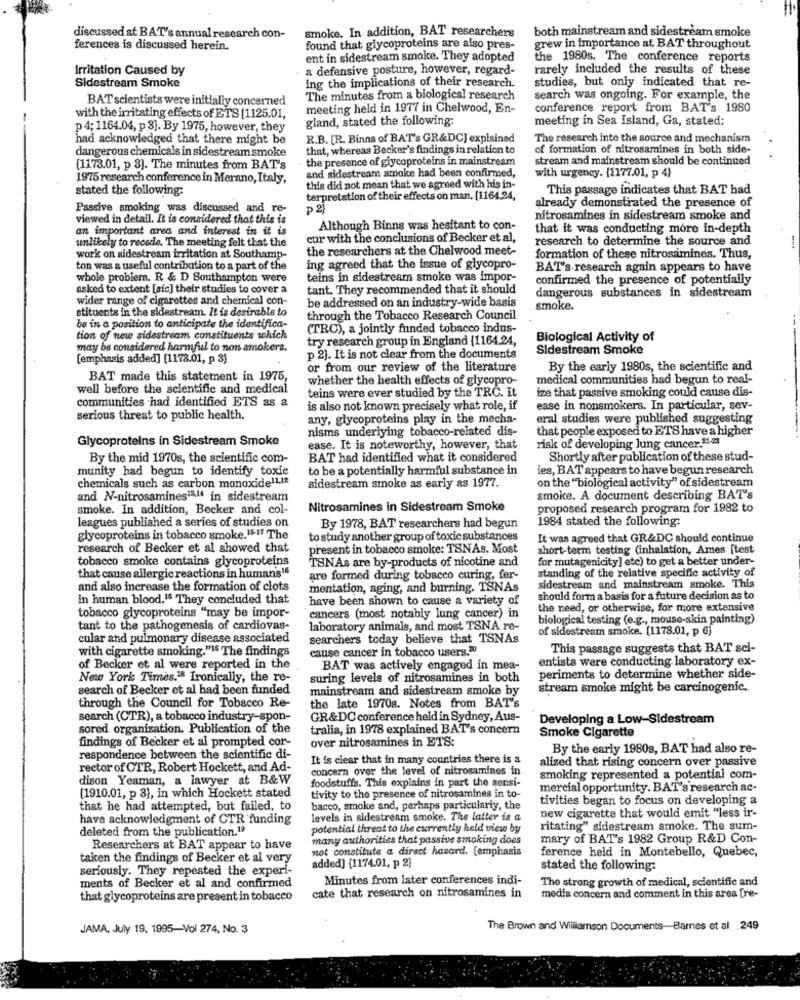
smoke. In addition, BAT researchers
both mainstream and sidestream smoke
discussed at BAT's annual research con-
ferences is discussed herein.
found that glycoproteins are also pres-
grew in importance at BAT throughout
ent in sidestream smoke. They adopted
the 1980s. The conference reports
Irritation Caused by
a defensive posture, however, regard-
rarely included the results of these
ing the implications of their research.
studies, but only indicated that re-
Sidestream Smoke
BAT scientists were initially concerned
The minutes from a biological research
search was ongoing. For example, the
meeting held in 1977 in Chelwood, En-
conference report from BAT's 1980
with the irritating effects of ETS [1125.01,
gland, stated the following:
meeting in Sea Island, Ga, stated:
p 4; 1164.04, p 3]. By 1975, however, they
had acknowledged that there might be
R.B. [R. Binns of BAT's GR&DC] explained
The research into the source and mechanism
dangerous chemicals in sidestream smoke
that, whereas Becker's findings in relation to
of formation of nitrosamines in both side-
the presence of glycoproteins in mainstream
stream and mainstream should be continued
(1173.01, p 3). The minutes from BAT's
and sidestream smoke had been confirmed,
with urgency. (1177.01, p 4)
1975 research conference in Merano, Italy,
stated the following
this did not mean that we agreed with his in-
This passage indicates that BAT had
terpretation of their effects on man. (1164.24,
Passive smoking was discussed and re-
already demonstrated the presence of
viewed in detail. It is considered that this is
nitrosamines in sidestream smoke and
an important area and interest in it is
Although Binns was hesitant to con-
that it was conducting more in-depth
unlikely to recede. The meeting felt that the
cur with the conclusions of Becker et al,
research to determine the source and
the researchers at the Chelwood meet-
work on sidestream irritation at Southamp-
formation of these nitrosamines. Thus,
ton was a useful contribution to a part of the
ing agreed that the issue of glycopro-
BAT's research again appears to have
whole problem. R & D Southampton were
teins in sidestream smoke was impor-
confirmed the presence of potentially
asked to extent [sic] their studies to cover a
tant. They recommended that it should
dangerous substances in sidestream
wider range of cigarettes and chemical con-
be addressed on an industry-wide basis
stituents in the sidestream. It is desirable to
smoke.
through the Tobacco Research Council
be in a position to anticipate the identifica-
(TRO), a jointly funded tobacco indns-
tion of new sidestream constituents which
try research group in England (1164.24,
Biological Activity of
may be considered harmful to non smokers.
Sidestream Smoke
[emphasis added] [1178.01, p 3)
p 2]. It is not clear from the documents
or from our review of the literature
By the early 1980s, the scientific and
BAT made this statement in 1975,
whether the health effects of glycopro-
medical communities had begun to real-
well before the scientific and medical
teins were ever studied by the TRC. It
ize that passive smoking could cause dis-
communities had identified ETS as &
is also not known precisely what role, if
ease in nonsmokers. In particular, sev-
serious threat to public health.
any, glycoproteins play in the mecha-
eral studies were published suggesting
nisms underlying tobacco-related dis-
that people exposed to ETS have a higher
Glycoproteins in Sidestream Smoke
ease. It is noteworthy, however, that
risk of developing lung cancer.21-23
By the mid 1970s, the scientific com-
BAT had identified what it considered
Shortly after publication of these stud-
munity had begun to identify toxic
to be a potentially harmful substance in
ies, BAT appears to have begun research
chemicals such as carbon monoxide!1,4ª
sidestream smoke as early as 1977.
on the "biological activity" of sidestream
and N-nitrosamines13,14 in sidestream
smoke. A document describing BAT's
smoke. In addition, Becker and col-
Nitrosamines in Sidestream Smoke
proposed research program for 1982 to
leagues published a series of studies on
1984 stated the following
By 1978, BAT researchers had begun
glycoproteins in tobacco smoke.I$ !! The
to study another group of toxic substances
It was agreed that GR&DC should continue
research of Becker et al showed that
present in tobacco smoke: TSNAs. Most
short-term testing (inhalation, Ames [test
tobacco smoke contains glycoproteins
TSNAs are by-products of nicotine and
for mutagenicity] etc) to get a better under-
standing of the relative specific activity of
that cause allergic reactions in humans16
are formed during tobacco curing, fer-
and also increase the formation of clots
mentation, aging, and burning. TSNAs
sidestream and mainstream smoke. This
in human blood.15 They concluded that
have been shown to cause a variety of
should form a basis for a future decision as to
the need, or otherwise, for more extensive
tobacco glycoproteins "may be impor-
cancers (most notably lung cancer) in
biological testing (e.g ., mouse-skin painting)
tant to the pathogenesis of cardiovas-
laboratory animals, and most TSNA re-
of sidestream smoke. [1178.01, p 6]
cular and pulmonary disease associated
searchers today believe that TSNAs
with cigarette smoking."IS The findings
cause cancer in tobacco users."
This passage suggests that BAT sci-
entists were conducting laboratory ex-
of Becker et al were reported in the
BAT was actively engaged in mea-
New York Times.18 Ironically, the re-
suring levels of nitrosamines in both
periments to determine whether side-
search of Becker et al had been funded
mainstream and sidestream smoke by
stream smoke might be carcinogenic.
through the Council for Tobacco Re-
the late 1970s. Notes from BAT's
search (CTR), a tobacco industry-spon-
GR&DC conference held in Sydney, Aus-
Developing a Low-Sidestream
sored organization. Publication of the
tralia, in 1978 explained BAT's concern
Smoke Cigarette
findings of Becker et al prompted cor-
over nitrosamines in ETS:
By the early 1980s, BAT had also re-
respondence between the scientific di-
It is clear that in many countries there is a
alized that rising concern over passive
rector of CTR, Robert Hockett, and Ad-
concern over the level of nitrosamines in
dison Yeaman, a lawyer at B&W
foodstuffs. This explains in part the sensi-
smoking represented a potential com-
(1910.01, p 3), in which Hockett stated
mercial opportunity. BAT's research ac-
tivity to the presence of nitrosamines in to-
tivities began to focus on developing a
that he had attempted, but failed, to
bacco, smoke and, perhaps particularly, the
new cigarette that would emit "less ir-
have acknowledgment of CTR funding
levels in sidestream smoke. The latter is a
deleted from the publication.19
potential threat to the currently held view by
ritating" sidestream smoke. The sum-
many authorities that passive smoking does
mary of BAT's 1982 Group R&D Con-
Researchers at BAT appear to have
not constitute a direct hasard. [emphasis
ference held in Montebello, Quebec,
taken the findings of Becker et al very
added] {1174.01, p 2)
seriously. They repeated the experi-
stated the following:
Minutes from later conferences indi-
The strong growth of medical, scientific and
ments of Becker et al and confirmed
that glycoproteins are present in tobacco
cate that research on nitrosamines in
media concern and comment in this area fre-
JAMA, July 19, 1995-Vol 274, No. 3
The Brown and Williamson Documents-Barnes et al .249